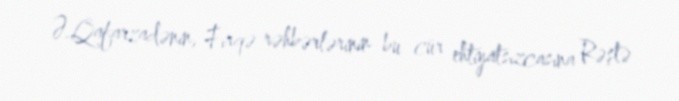
Ə.Qafarzadənin, Firqə rəhbərlərinin bu cür ehtiyatsızcasına Rəştə